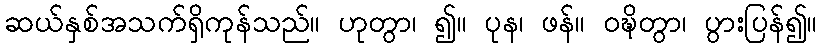
ဆယ်နှစ်အသက်ရှိကုန်သည်။ ဟုတွာ၊ ၍။ ပုန၊ ဖန်။ ဝဍ္ဎိတွာ၊ ပွားပြန်၍။